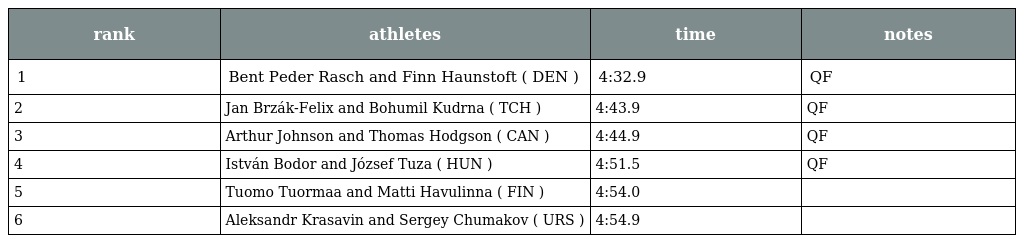
| rank | athletes | time | notes |
 | --- | --- | --- | --- |
 | 1 | Bent Peder Rasch and Finn Haunstoft ( DEN ) | 4:32.9 | QF |
 | 2 | Jan Brzák-Felix and Bohumil Kudrna ( TCH ) | 4:43.9 | QF |
 | 3 | Arthur Johnson and Thomas Hodgson ( CAN ) | 4:44.9 | QF |
 | 4 | István Bodor and József Tuza ( HUN ) | 4:51.5 | QF |
 | 5 | Tuomo Tuormaa and Matti Havulinna ( FIN ) | 4:54.0 |  |
 | 6 | Aleksandr Krasavin and Sergey Chumakov ( URS ) | 4:54.9 |  |